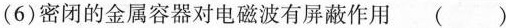
(6)密闭的金属容器对电磁波有屏蔽作用()